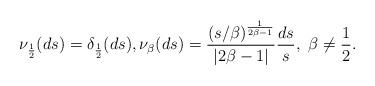
LaTeX: \begin{align*} \nu_{\frac{1}{2}}(ds) = \delta_{\frac{1}{2}}(ds), \nu_\beta(ds) = \frac{\left({s}/{\beta}\right)^\frac{1}{2\beta -1}}{|2\beta-1|}\frac{ds}{s}, \ \beta\neq \frac{1}{2}.\end{align*}